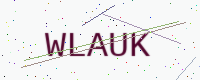
Text: WLAUK